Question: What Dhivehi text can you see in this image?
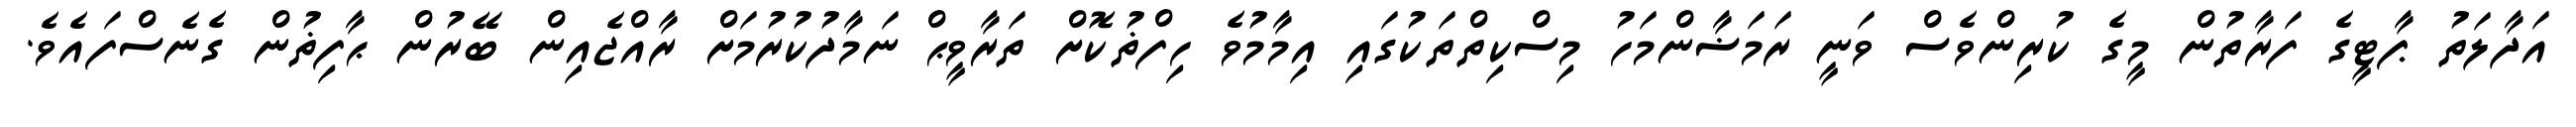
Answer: އަދާލަތު ޕާޓީގެ ފަރާތުން މީގެ ކުރިންވެސް ވަނީ ރަމަޟާންމަހު މިސްކިތްތަކުގައި އިމާމުވެ ހިފްޡުކޮށް ތަރާވީޙް ނަމާދުކުރުމަށް ރާއްޖެއިން ބޭރުން ޙާފިޡުން ގެނެސްފައެވެ.